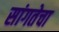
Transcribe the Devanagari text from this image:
सांगतेचा